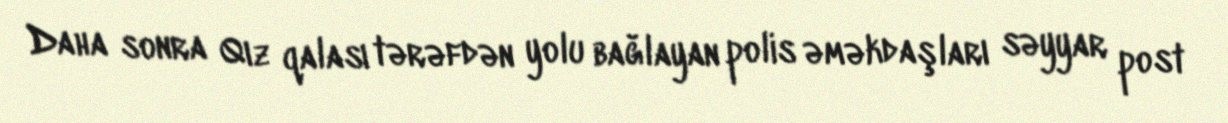
Daha sonra Qız qalası tərəfdən yolu bağlayan polis əməkdaşları səyyar post